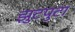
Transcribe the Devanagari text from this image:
झुटपुटा